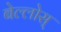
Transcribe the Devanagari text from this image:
बेल्लोस्